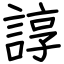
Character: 諄